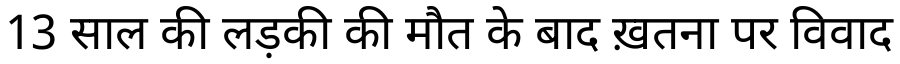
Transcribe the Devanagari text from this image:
13 साल की लड़की की मौत के बाद ख़तना पर विवाद